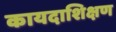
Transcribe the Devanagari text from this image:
कायदाशिक्षण